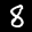
Label: 8